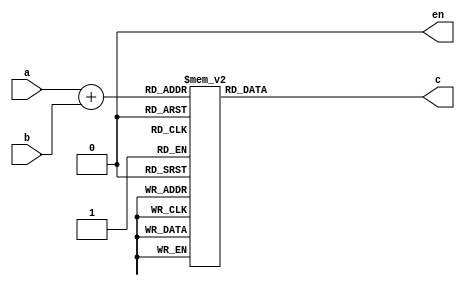

// 
//
//key1 key2 key3 
//a0 a1 a2  1 2 3
//b0 b1 b2  6 7 8

module add(a,b,c,en);

input[2:0] a,b;
output[7:0] c;
reg[7:0] c;
output en;

wire[3:0] c_tmp;

assign en=0;
assign c_tmp=a+b;

always@(c_tmp)
begin
	case(c_tmp)
		4'b0000:
			c=8'b11000000;
		4'b0001:
			c=8'b11111001;
		4'b0010:
			c=8'b10100100;
		4'b0011:
			c=8'b10110000;
		4'b0100:
			c=8'b10011001;
		4'b0101:
			c=8'b10010010;
		4'b0110:
			c=8'b10000010;
		4'b0111:
			c=8'b11111000;
		4'b1000:
			c=8'b10000000;
		4'b1001:
			c=8'b10010000;
		4'b1010:
			c=8'b10001000;
		4'b1011:
			c=8'b10000011;
		4'b1100:
			c=8'b11000110;
		4'b1101:
			c=8'b10100001;
		4'b1110:
			c=8'b10000110;
		4'b1111:
			c=8'b10001110;
	 endcase
end
endmodule